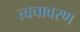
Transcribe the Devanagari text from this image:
त्वचावरण